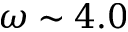
\omega \sim 4 . 0